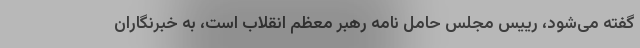
گفته می‌شود، رییس مجلس حامل نامه رهبر معظم انقلاب است، به خبرنگاران